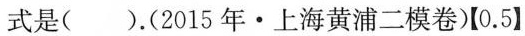
式是().(2015年·上海黄浦二模卷)【0.5】